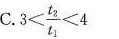
C $$3 < \frac { t _ { 2 } } { t _ { 1 } } < 4$$